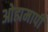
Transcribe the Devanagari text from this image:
ओह्ममापी